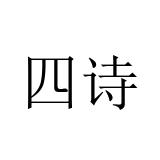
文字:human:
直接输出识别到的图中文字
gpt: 四诗